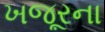
ખજૂરના